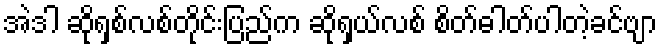
အဲဒါ ဆိုရှစ်လစ်တိုင်းပြည်က ဆိုရှယ်လစ် စိတ်ဓါတ်ပါတဲ့ခင်ဗျာ